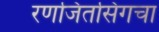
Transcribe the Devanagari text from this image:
रणजितसिंगचा